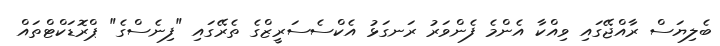
ބެލިޔަސް ރާއްޖޭގައި ވިއްކާ އެންމެ ފެންވަރު ރަނގަޅު އެކްސެސަރީޒްގެ ތެރޭގައި "ފިނެސްގެ" ޕްރޮޑަކްޓްތައް